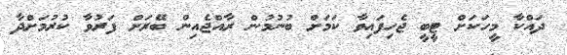
ދައްކާ މީހަކަށް ޓީބީ ޖެހިފައިވާ ކަމަށް ބުނުމުން ރާއްޖެއިން ބޭރަށް ފަރުވާ ކުރުމަށްދާ